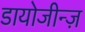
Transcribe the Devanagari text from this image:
डायोजीन्ज़